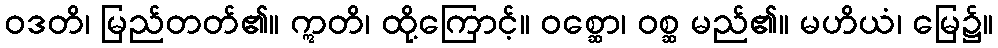
ဝဒတိ၊ မြည်တတ်၏။ ဣတိ၊ ထို့ကြောင့်။ ဝစ္ဆော၊ ဝစ္ဆ မည်၏။ မဟိယံ၊ မြေ၌။